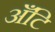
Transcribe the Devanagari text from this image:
अँटि